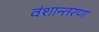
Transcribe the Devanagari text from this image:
वंशान्तरण